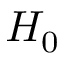
H _ { 0 }